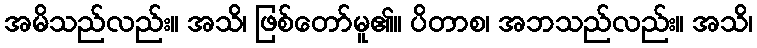
အမိသည်လည်း။ အသိ၊ ဖြစ်တော်မူ၏။ ပိတာစ၊ အဘသည်လည်း။ အသိ၊